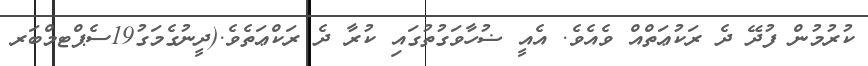
ކުރުމުން ފުދޭ ދެ ރަކުޢަތްއް ވެއެވެ. އެއީ ޟުހާވަގުތުގައި ކުރާ ދެ ރަކްޢަތެވެ.(ދީނުގެމަގު19ސެޕްޓމްބަރ